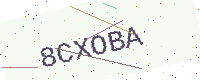
Text: 8CXOBA